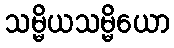
သမ္မိယသမ္မိယော